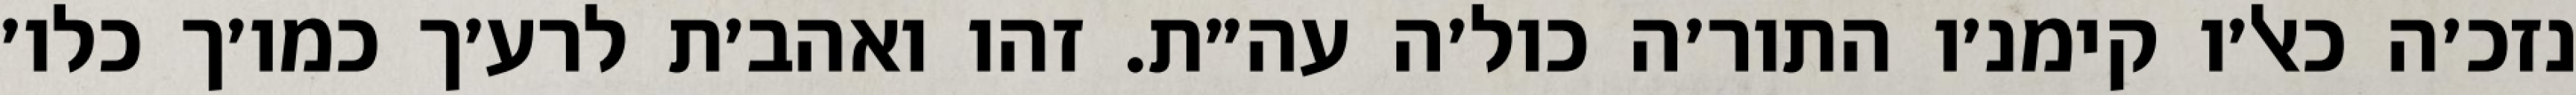
נזכ׳ה כאל׳ו קימנ׳ו התור׳ה כול׳ה עה״ת. זהו ואהב׳ת לרע׳ך כמו׳ך כלו׳